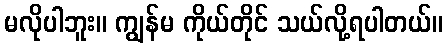
မလိုပါဘူး။ ကျွန်မ ကိုယ်တိုင် သယ်လို့ရပါတယ်။